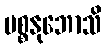
ပစ္စနုဘောသိ